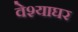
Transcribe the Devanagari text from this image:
वेश्याघर